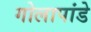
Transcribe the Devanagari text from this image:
गोलापांडे